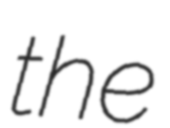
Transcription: the